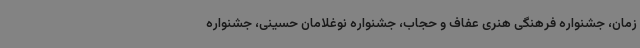
زمان، جشنواره فرهنگی هنری عفاف و حجاب، جشنواره نوغلامان حسینی، جشنواره